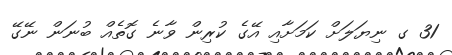
31 ގ ނިޔަލަށް ކަމަށާއި އޭގެ ކުރިން ވާނެ ގޮތެއް ބުނަން ނޭގޭ